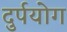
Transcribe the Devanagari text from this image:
दुर्पयोग